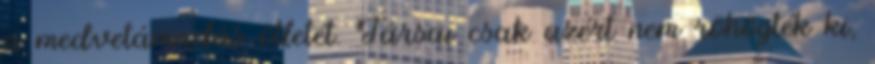
a medvetámadás ötletét. Társai csak azért nem röhögték ki,